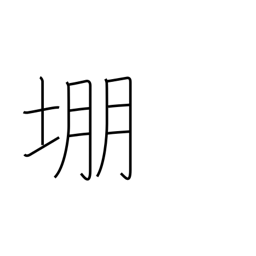
Meaning: archery target mound